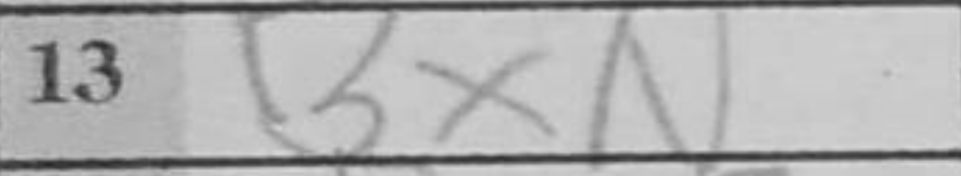
Transcription: BxN